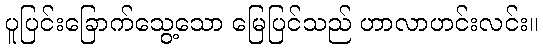
ပူပြင်းခြောက်သွေ့သော မြေပြင်သည် ဟာလာဟင်းလင်း။